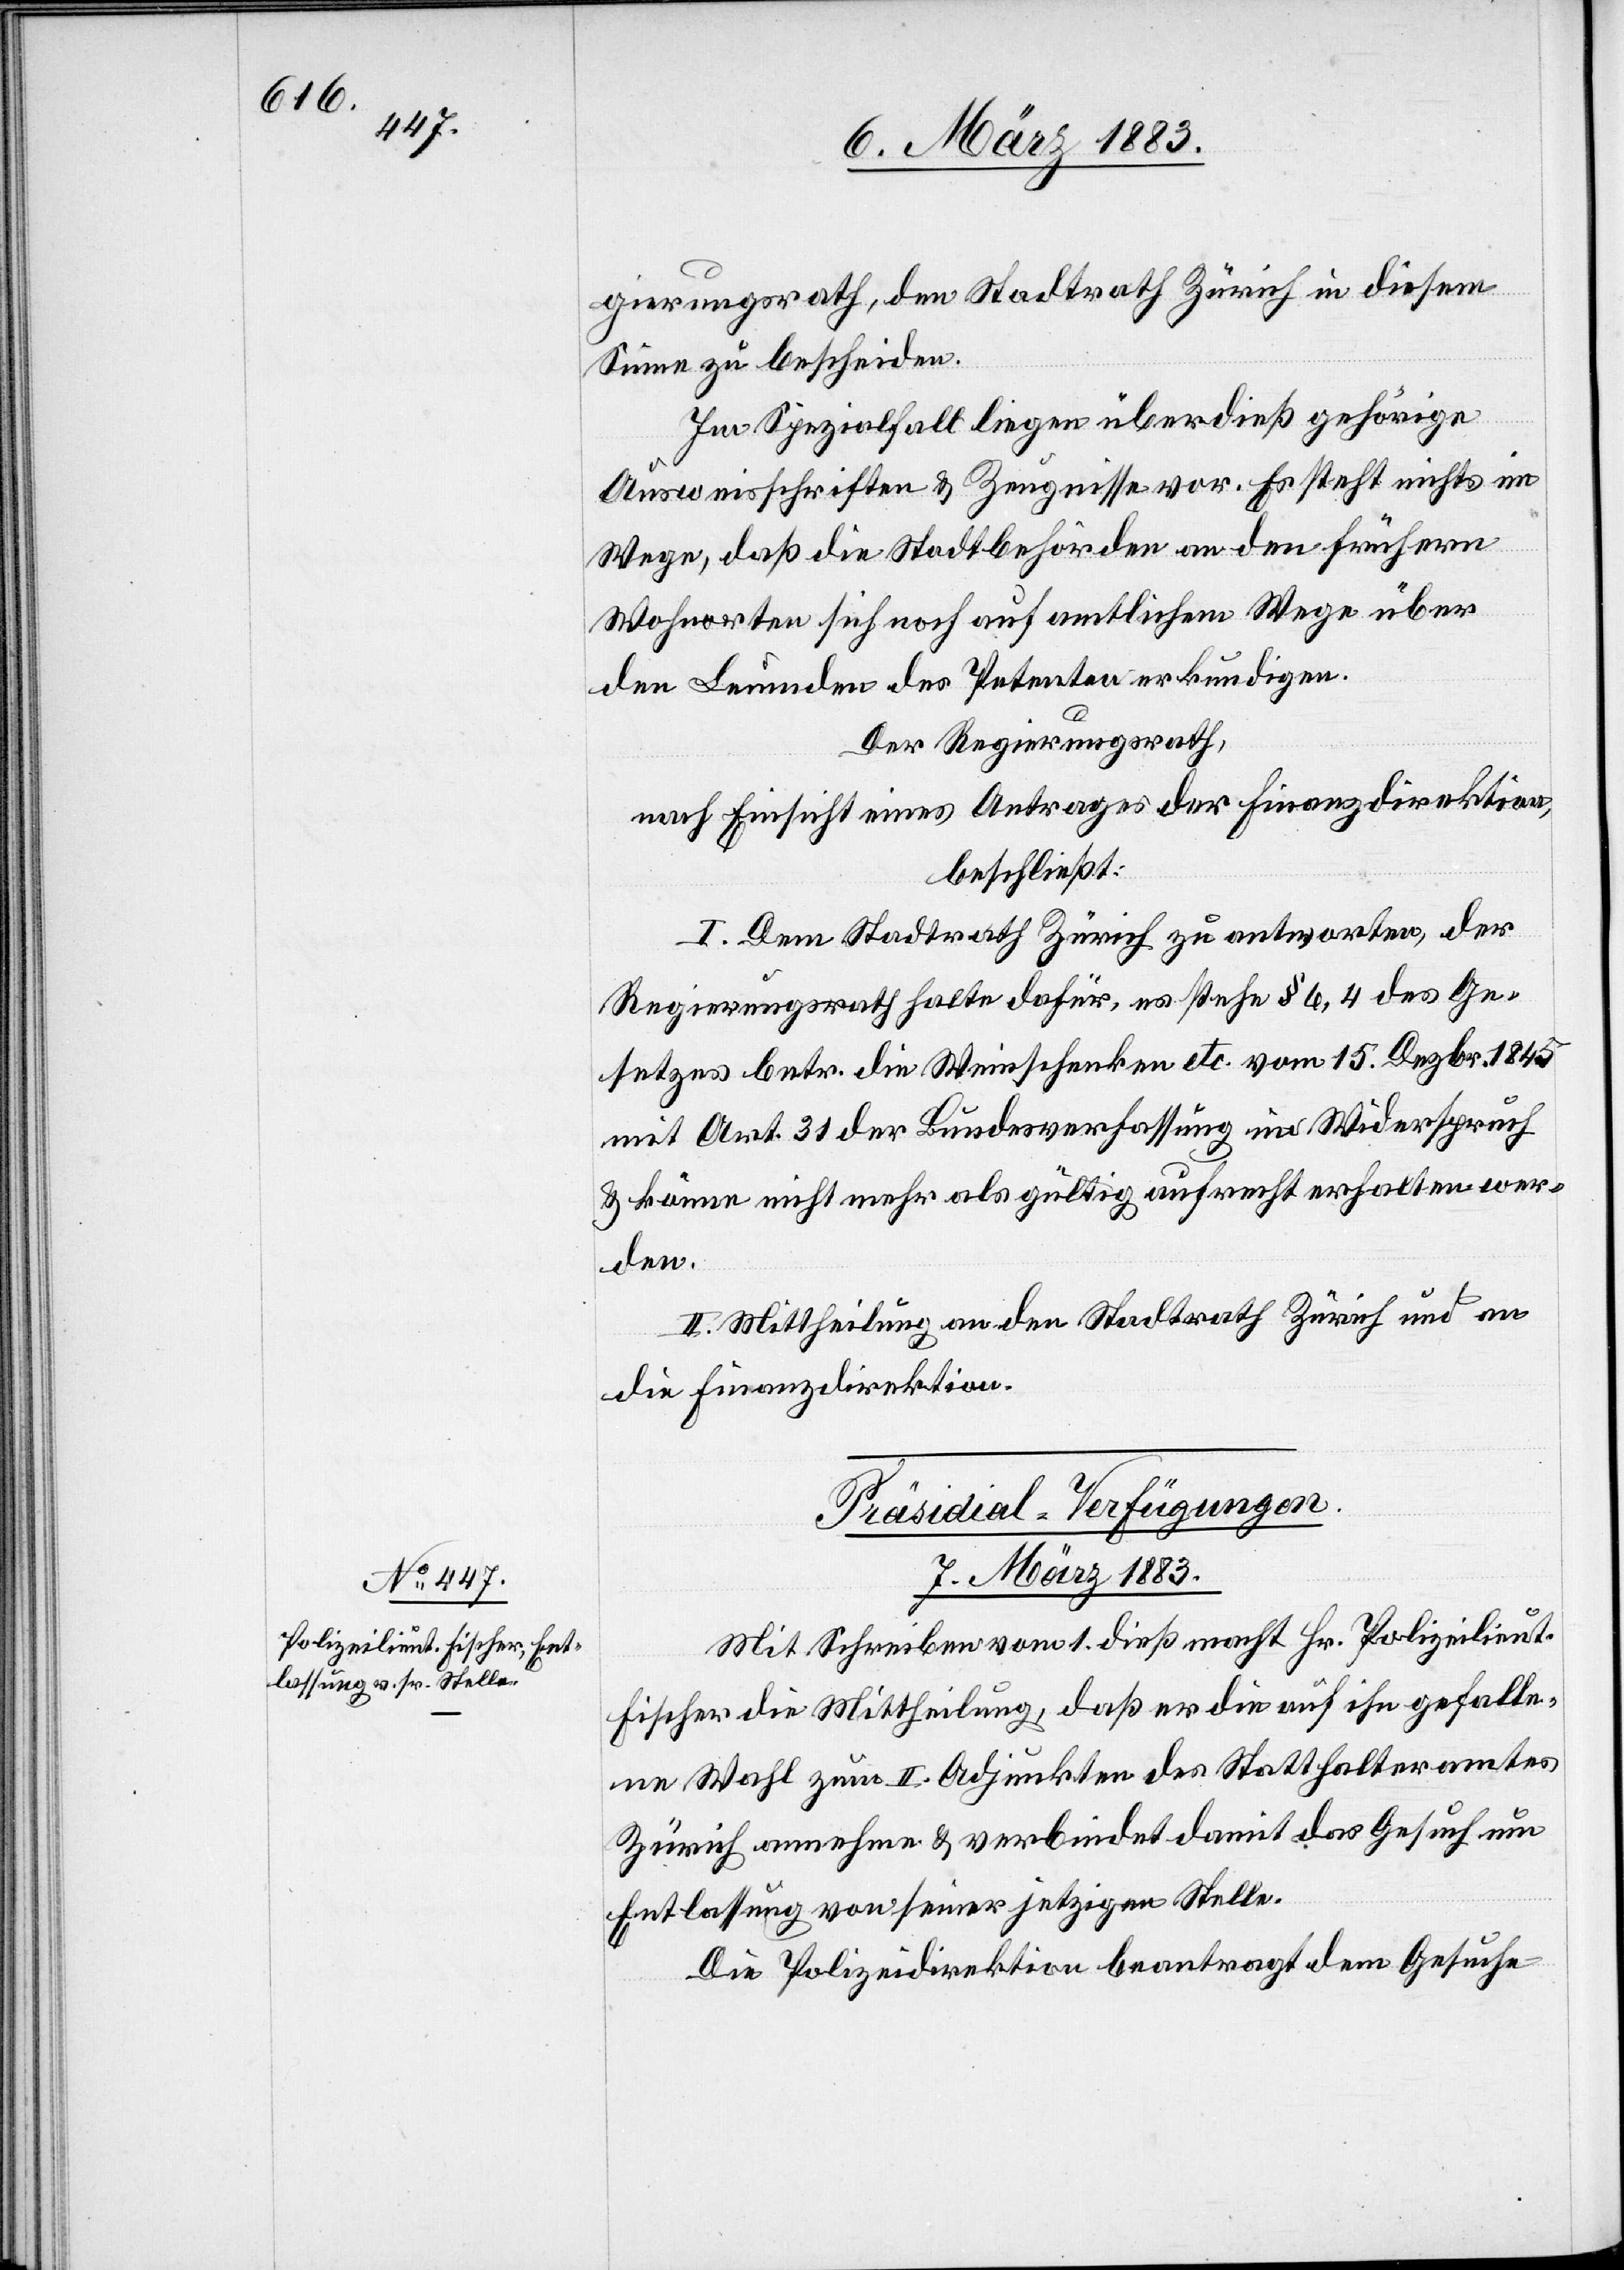
gierungsrath, den Stadtrath Zürich in diesem
Sinne zu bescheiden.
Im Spezialfall liegen überdieß gehörige
Ausweisschriften & Zeugnisse vor. Es steht nichts im
Wege, daß die Stadtbehörden an den frühern
Wohnorten sich noch auf amtlichem Wege über
den Leumden des Petenten erkundigen.
Der Regierungsrath,
nach Einsicht eines Antrages der Finanzdirektion,
beschließt:
I. Dem Stadtrath Zürich zu antworten, der
Regierungsrath halte dafür, es stehe § 6, 4 des Ge¬
setzes betr. die Weinschenken etc. vom 15. Dezbr. 1845
mit Art. 31 der Bundesverfassung in Widerspruch
& könne nicht mehr als gültig aufrecht erhalten wer¬
den.
II. Mittheilung an den Stadtrath Zürich und an
die Finanzdirektion.
Präsidial-Verfügungen.
7. März 1883.
Mit Schreiben vom 1. dieß macht Hr. Polizeilieut.
Fischer die Mittheilung, daß er die auf ihn gefalle¬
ne Wahl zum II. Adjunkten des Statthalteramtes
Zürich annehme & verbindet damit das Gesuch um
Entlassung von seiner jetzigen Stelle.
Die Polizeidirektion beantragt dem Gesuche